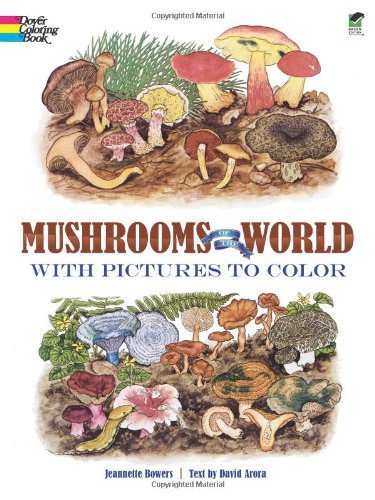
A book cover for Mushrooms of the World with Pictures to Color (Dover Nature Coloring Book); Jeannette Bowers; Children's Books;